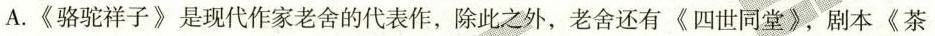
A.《骆驼祥子》是现代作家老舍的代表作，除此之外，老舍还有《四世同堂》，剧本《茶